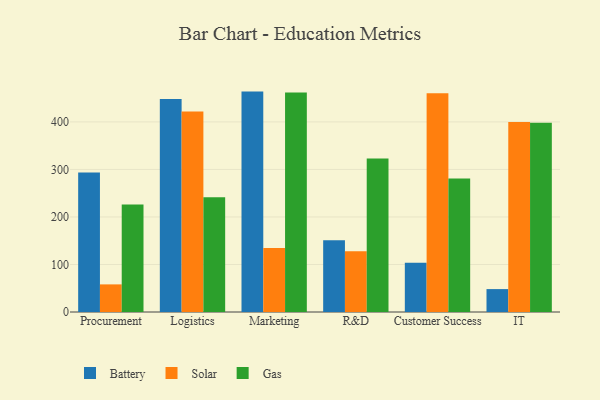
{"axis": {"x": "Department", "y": "Market Share (%)"}, "legend": ["Battery", "Gas", "Solar"], "data": [{"x": "Procurement", "y": 293.4, "type": "Battery"}, {"x": "Procurement", "y": 58.1, "type": "Solar"}, {"x": "Procurement", "y": 226.2, "type": "Gas"}, {"x": "Logistics", "y": 448.4, "type": "Battery"}, {"x": "Logistics", "y": 422.1, "type": "Solar"}, {"x": "Logistics", "y": 241.6, "type": "Gas"}, {"x": "Marketing", "y": 463.8, "type": "Battery"}, {"x": "Marketing", "y": 134.9, "type": "Solar"}, {"x": "Marketing", "y": 461.9, "type": "Gas"}, {"x": "R&D", "y": 150.9, "type": "Battery"}, {"x": "R&D", "y": 127.8, "type": "Solar"}, {"x": "R&D", "y": 322.8, "type": "Gas"}, {"x": "Customer Success", "y": 103.8, "type": "Battery"}, {"x": "Customer Success", "y": 460.2, "type": "Solar"}, {"x": "Customer Success", "y": 281.0, "type": "Gas"}, {"x": "IT", "y": 48.2, "type": "Battery"}, {"x": "IT", "y": 399.6, "type": "Solar"}, {"x": "IT", "y": 398.2, "type": "Gas"}]}